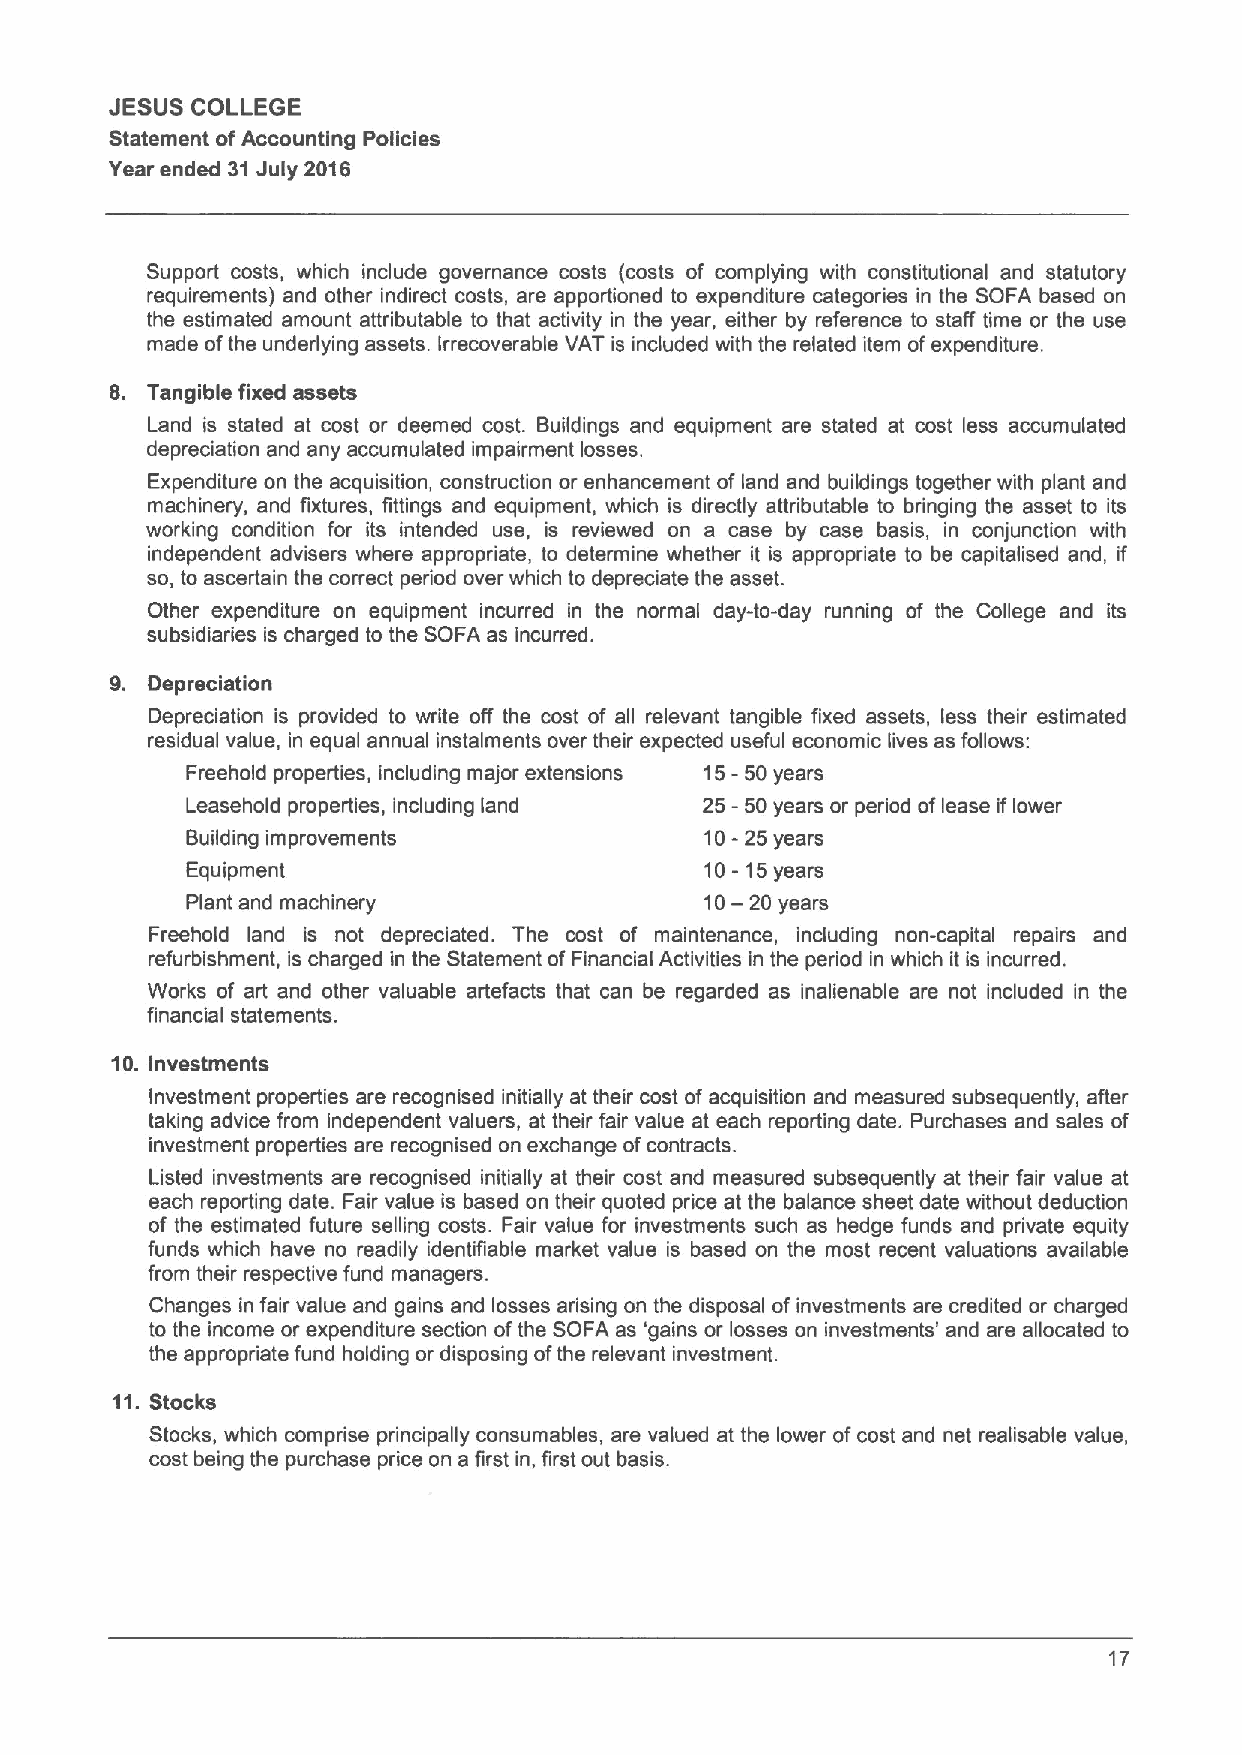
JESUS COLLEGE
 Statement ofAccounting Policies
 Year ended 31July 2016
 Support costs, which include governance costs (costs of complying with constitutional and statutory
 requirements) and other indirect costs, are apportioned to expenditure categories in the SOFA based on
 the estimated amount attributable to that activity in the year, either by reference to staff time or the use
 made ofthe underlying assets. Irrecoverable VAT is included with the related item ofexpenditure.
 Tangible fixed assets
 Land is stated at cost or deemed cost. Buildings and equipment are stated at cost less accumulated
 depreciation and any accumulated impairment losses.
 Expenditure on the acquisition, construction or enhancement of land and buildings together with plant and
 machinery, and fixtures, fittings and equipment, which is directly attributable to bringing the asset to its
 working condition for its intended use, is reviewed on a case by case basis, in conjunction with
 independent advisers where appropriate, to determine whether it is appropriate to be capitalised and, if
 so, to ascertain the correct period over which to depreciate the asset.
 Other expenditure on equipment incurred in the normal day-to-day running of the College and its
 subsidiaries is charged to the SOFA as incurred.
 Depreciation
 Depreciation is provided to write off the cost of all relevant tangible fixed assets, less their estimated
 residual value, in equal annual instalments over their expected useful economic lives as follows:
 15-50
 Freehold properties, including major extensions years
 Leasehold properties, including land 25 -50years or period oflease iflower
 Building improvements
 10-25
 years
 Equipment                          10- 15years
 10-20
 Plant and machinery                     years
 Freehold land is not depreciated. The cost of maintenance, including non-capital repairs and
 refurbishment, is charged in the Statement of Financial Activities in the period in which it is incurred.
 Works of art and other valuable artefacts that can be regarded as inalienable are not included in the
 financial statements.
 10.Investments
 Investment properties are recognised initially at their cost of acquisition and measured subsequently, after
 taking advice from independent valuers, at their fair value at each reporting date. Purchases and sales of
 investment properties are recognised on exchange ofcontracts.
 Listed investments are recognised initially at their cost and measured subsequently at their fair value at
 each reporting date. Fair value is based on their quoted price at the balance sheet date without deduction
 of the estimated future selling costs. Fair value for investments such as hedge funds and private equity
 funds which have no readily identifiable market value is based on the most recent valuations available
 from their respective fund managers.
 Changes in fair value and gains and losses arising on the disposal ofinvestments are credited or charged
 to the income or expenditure section ofthe SOFA as 'gains or losses on investments' and are allocated to
 the appropriate fund holding or disposing ofthe relevant investment.
 11.Stocks
 Stocks, which comprise principally consumables, are valued at the lower ofcost and net realisable value,
 cost being the purchase price on a first in, first out basis.